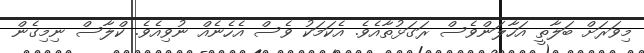
މިވަރަށް ބަލާތީ އަހާލަންވެސް ރަގަޅުތާއެވެ. އެކަމަކު ވެސް އެހެނެއް ނުވިއެވެ. ކްލާސް ނިމިގެން